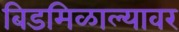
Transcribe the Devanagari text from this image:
बिडमिळाल्यावर